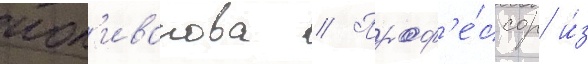
пол'иванова // Проф'е́ссор и́з